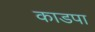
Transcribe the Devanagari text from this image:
काडपा